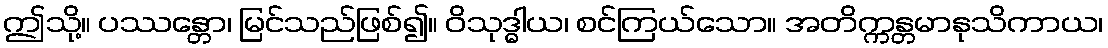
ဤသို့။ ပဿန္တော၊ မြင်သည်ဖြစ်၍။ ဝိသုဒ္ဓါယ၊ စင်ကြယ်သော။ အတိက္ကန္တမာနုသိကာယ၊